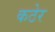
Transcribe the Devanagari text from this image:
कठेर